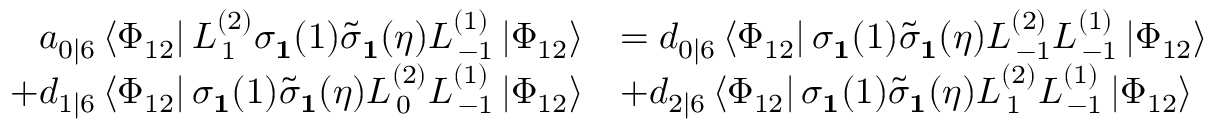
\begin{array} { r l } { a _ { 0 | 6 } \left\langle \Phi _ { 1 2 } \right| L _ { \, 1 } ^ { ( 2 ) } \sigma _ { \mathbf { 1 } } ( 1 ) \tilde { \sigma } _ { \mathbf { 1 } } ( \eta ) L _ { \, - 1 } ^ { ( 1 ) } \left| \Phi _ { 1 2 } \right\rangle } & { = d _ { 0 | 6 } \left\langle \Phi _ { 1 2 } \right| \sigma _ { \mathbf { 1 } } ( 1 ) \tilde { \sigma } _ { \mathbf { 1 } } ( \eta ) L _ { \, - 1 } ^ { ( 2 ) } L _ { \, - 1 } ^ { ( 1 ) } \left| \Phi _ { 1 2 } \right\rangle } \\ { + d _ { 1 | 6 } \left\langle \Phi _ { 1 2 } \right| \sigma _ { \mathbf { 1 } } ( 1 ) \tilde { \sigma } _ { \mathbf { 1 } } ( \eta ) L _ { \, 0 } ^ { ( 2 ) } L _ { \, - 1 } ^ { ( 1 ) } \left| \Phi _ { 1 2 } \right\rangle } & { + d _ { 2 | 6 } \left\langle \Phi _ { 1 2 } \right| \sigma _ { \mathbf { 1 } } ( 1 ) \tilde { \sigma } _ { \mathbf { 1 } } ( \eta ) L _ { \, 1 } ^ { ( 2 ) } L _ { \, - 1 } ^ { ( 1 ) } \left| \Phi _ { 1 2 } \right\rangle } \end{array}